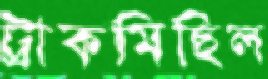
ট্রাকমিছিল